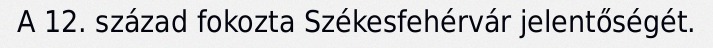
A 12. század fokozta Székesfehérvár jelentőségét.